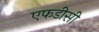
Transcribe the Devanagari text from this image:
एफडीसी